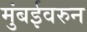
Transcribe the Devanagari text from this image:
मुंबईवरुन